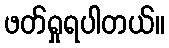
ဖတ်ရှုရပါတယ်။